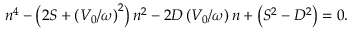
n ^ { 4 } - \left( 2 S + \left( V _ { 0 } / \omega \right) ^ { 2 } \right) n ^ { 2 } - 2 D \left( V _ { 0 } / \omega \right) n + \left( S ^ { 2 } - D ^ { 2 } \right) = 0 .